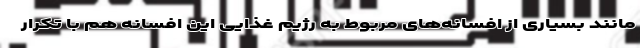
مانند بسیاری از افسانه‌های مربوط به رژیم غذایی این افسانه هم با تکرار